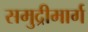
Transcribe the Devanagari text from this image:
समुद्रीमार्ग